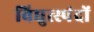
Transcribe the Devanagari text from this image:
विद्युत्स्पंदों